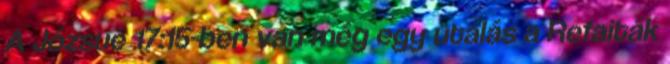
A Józsué 17:15-ben van még egy utalás a Refaiták